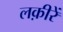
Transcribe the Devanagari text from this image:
लक़ीरें